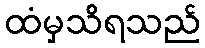
ထံမှသိရသည်